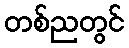
တစ်ညတွင်